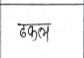
मजकूर: ढकल